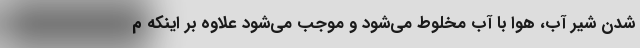
شدن شیر آب، هوا با آب مخلوط می‌شود و موجب می‌شود علاوه بر اینکه م